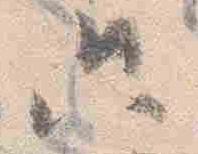
只